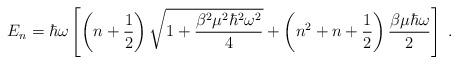
\begin{align*}E_n = \hbar\omega\left[ \left( n + \frac{1}{2} \right) \sqrt{ 1 + \frac{\beta^2\mu^2\hbar^2\omega^2}{4} } + \left( n^2 + n + \frac{1}{2} \right) \frac{\beta\mu\hbar\omega}{2}\right]\;.\end{align*}